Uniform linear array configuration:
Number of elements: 16
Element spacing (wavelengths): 0.25
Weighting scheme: hann
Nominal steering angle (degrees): -15
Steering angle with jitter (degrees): -15.454
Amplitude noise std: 0.05
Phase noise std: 0.05

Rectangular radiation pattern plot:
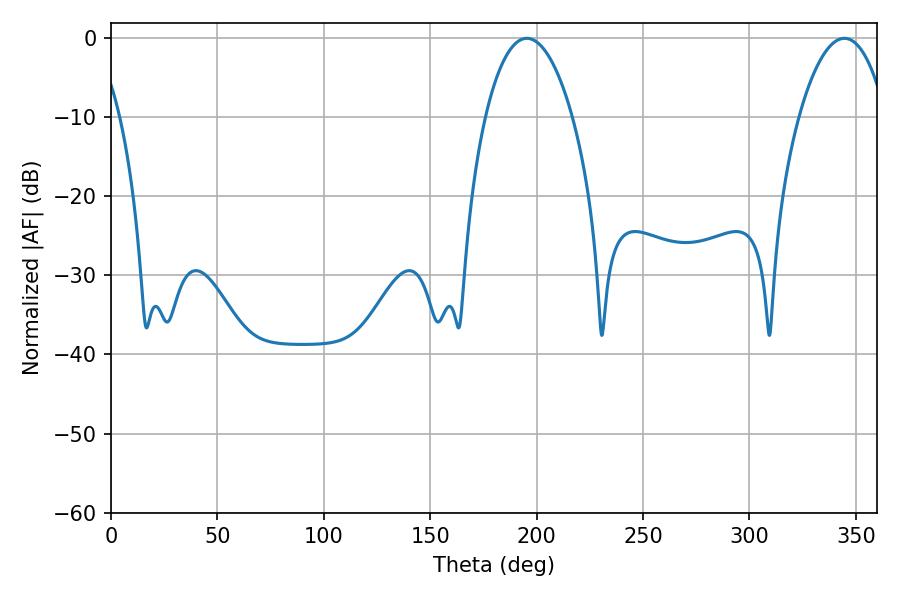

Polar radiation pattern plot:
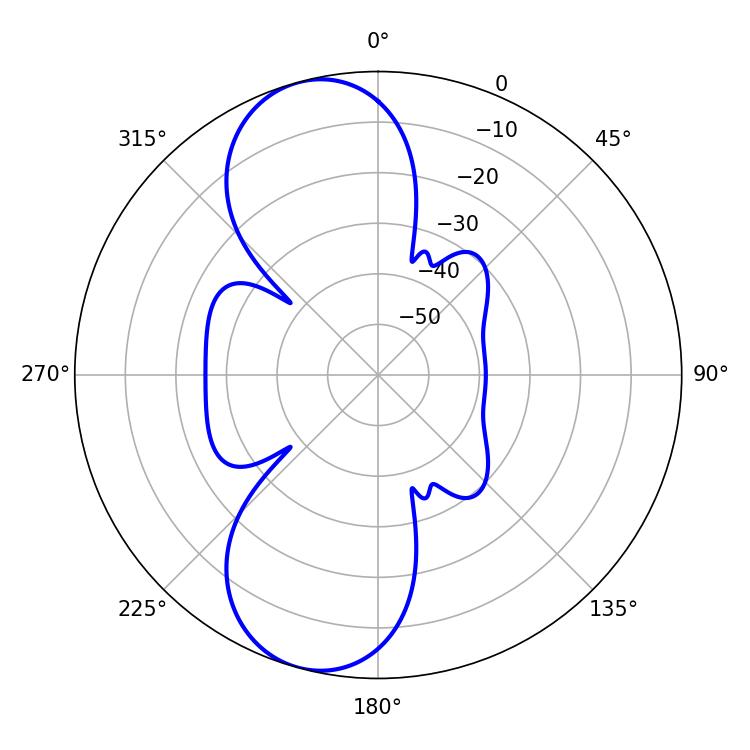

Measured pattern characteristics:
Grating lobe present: FALSE
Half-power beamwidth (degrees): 22.86
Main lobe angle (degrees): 195.48